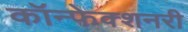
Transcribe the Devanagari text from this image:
कॉन्फेक्शनरी